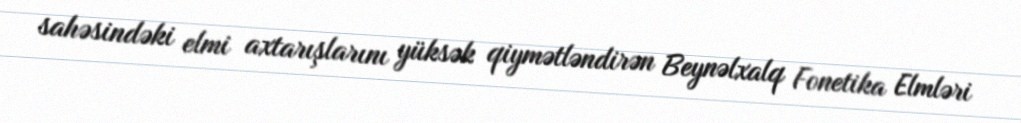
sahəsindəki elmi axtarışlarını yüksək qiymətləndirən Beynəlxalq Fonetika Elmləri